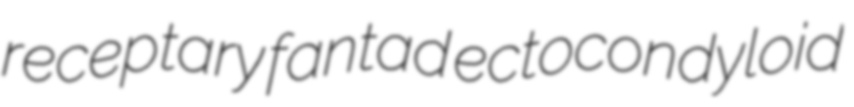
receptary fantad ectocondyloid